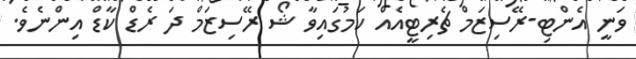
ވަނީ އެންޓި-ރޭސިޒަމް ޗެރިޓީއެއް ކަމުގައިވާ ޝޯ ރޭސިޒަމް ދަ ރެޑް ކާޑް އިންނެވެ.